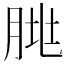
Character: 𰮥